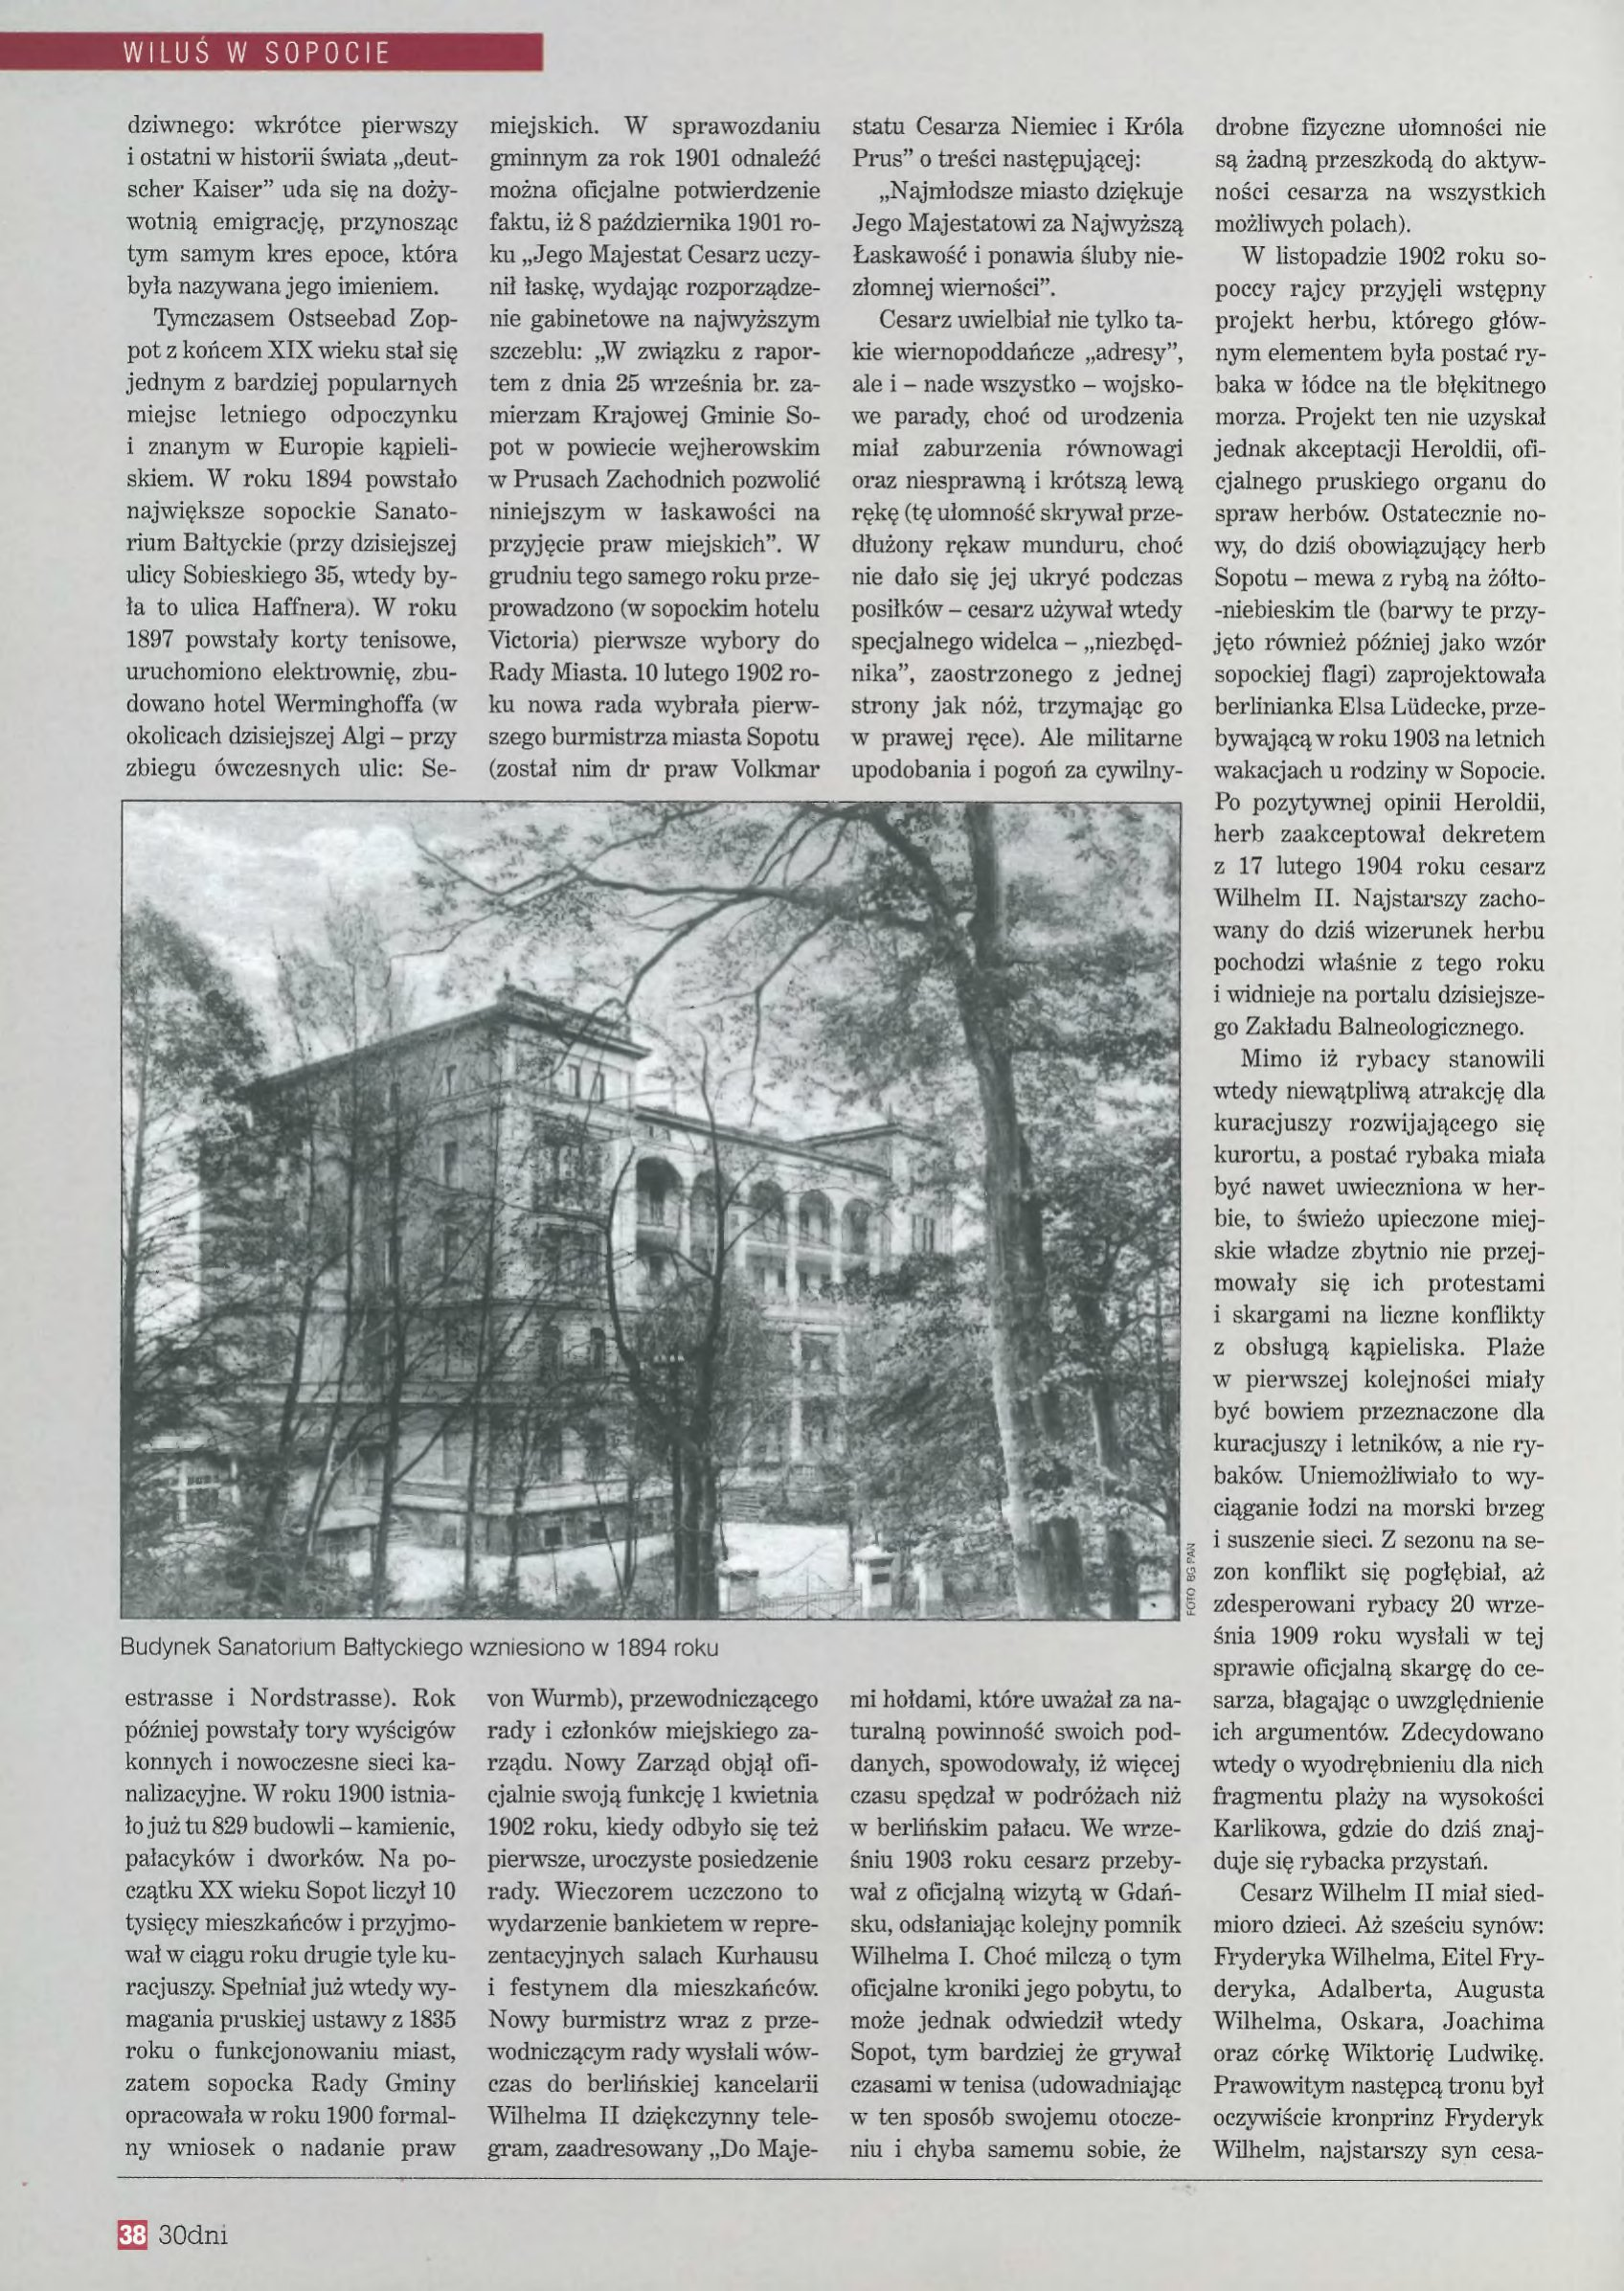
Language: pl